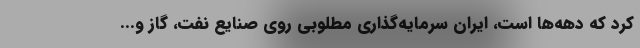
کرد که دهه‌ها است، ایران سرمایه‌گذاری مطلوبی روی صنایع نفت، گاز و...